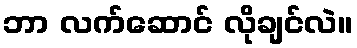
ဘာ လက်ဆောင် လိုချင်လဲ။